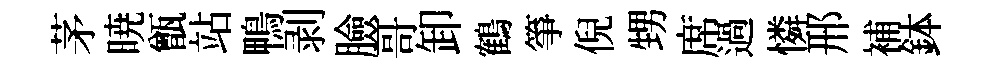
茅暁甑站鴨剥臉哥卸鶴箏倪甥席過憐邢補鉢